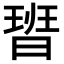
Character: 𭨞